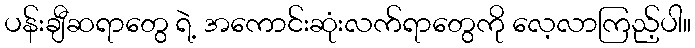
ပန်းချီဆရာတွေ ရဲ့ အကောင်းဆုံးလက်ရာတွေကို လေ့လာကြည့်ပါ။